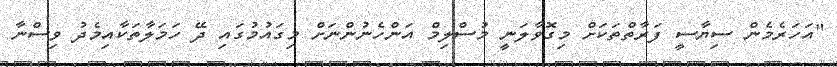
"އަހަރެމެން ސިޔާސީ ފަރާތްތަކަށް މިގޮވާލަނީ މުސްލިމް އަންހެނުންނަށް މިގައުމުގައި ދޭ ހަމަލާތަކާއިމެދު ވިސްނާ